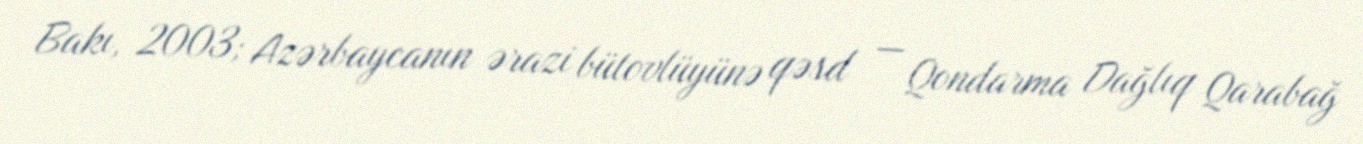
Bakı, 2003; Azərbaycanın ərazi bütovlüyünə qəsd — Qondarma Dağlıq Qarabağ